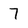
Character: 7